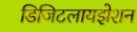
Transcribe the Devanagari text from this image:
डिजिटलायझेशन